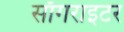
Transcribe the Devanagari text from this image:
साँगराइटर